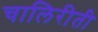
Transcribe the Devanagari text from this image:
चालिरीती